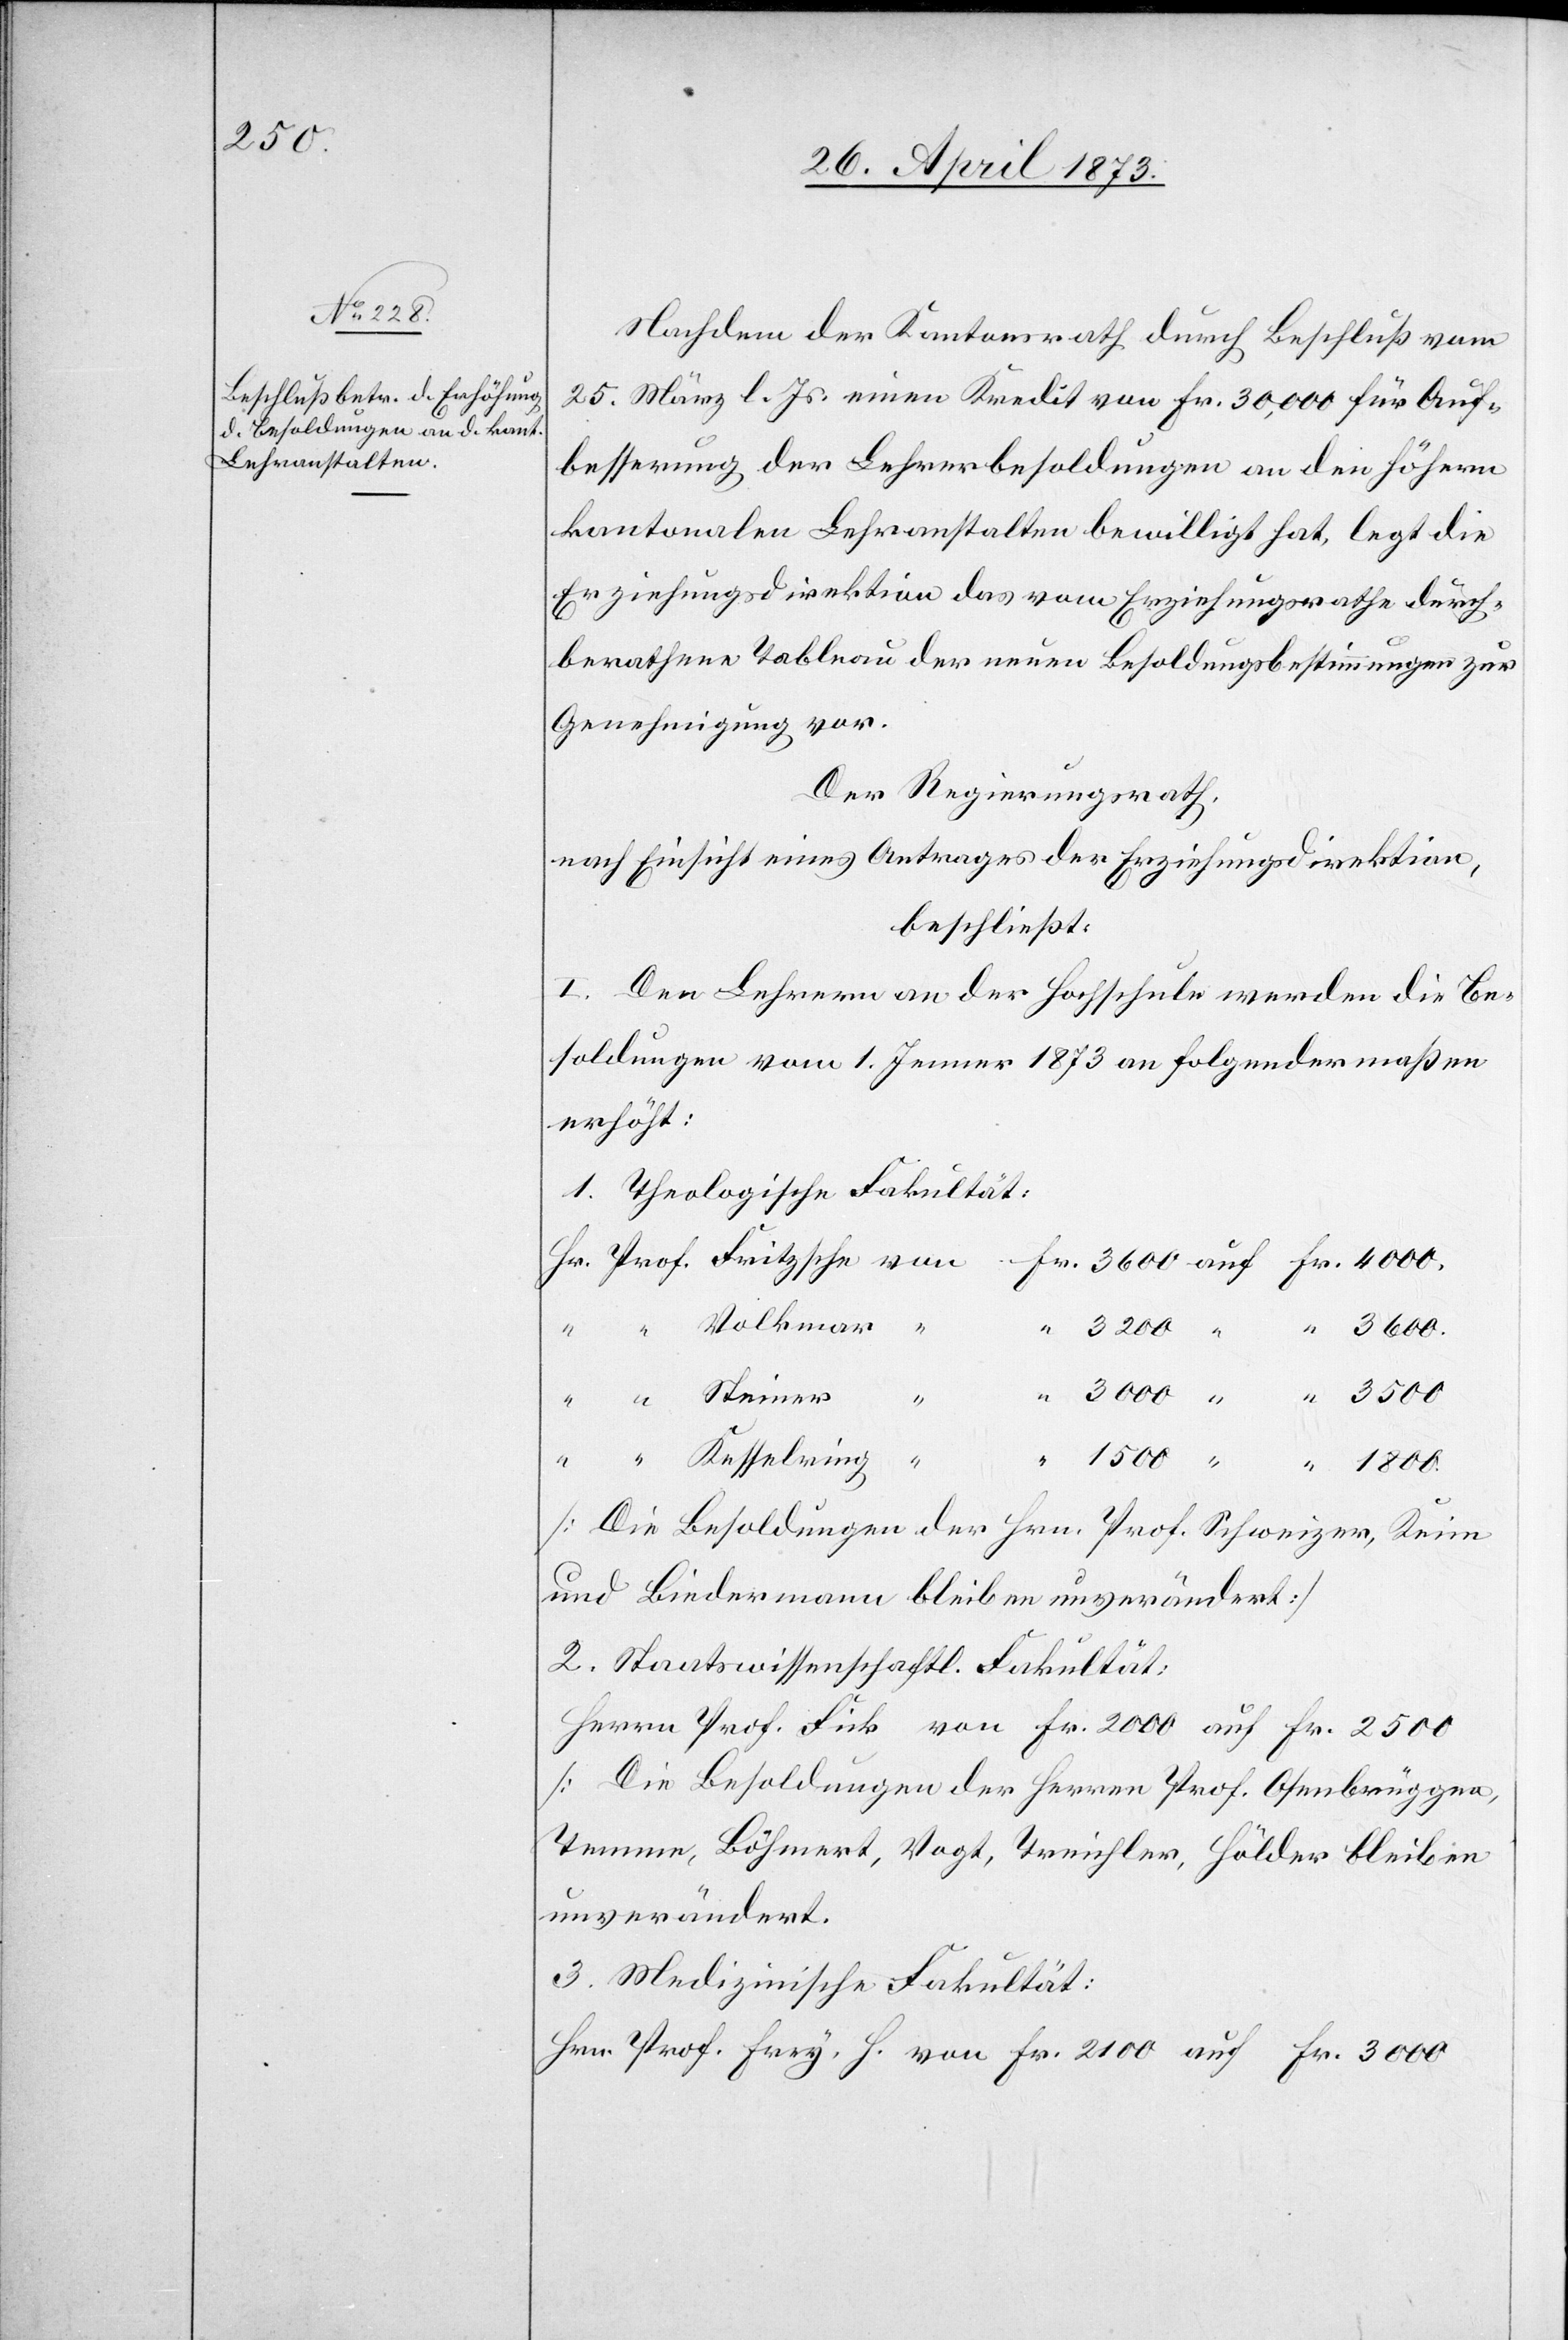
1 800.

Nachdem der Kantonsrath durch Beschluß vom
25. März l. Js. einen Kredit von Fr. 30,000 für Auf¬
besserung der Lehrerbesoldungen an die höhern
kantonalen Lehranstalten bewilligt hat, legt die
Erziehungsdirektion das vom Erziehungsrathe durch¬
berathene Tableau der neuen Besoldungsbestimmungen zur
Genehmigung vor.
Der Regierungsrath,
nach Einsicht eines Antrages der Erziehungsdirektion,
beschließt:
I. Den Lehrern an der Hochschule werden die Be¬
soldungen vom 1. Jenner 1873 an folgendermaßen
erhöht:
1. Theologische Fakultät:
3 200
[Die Besoldungen der Hrn. Prof. Schweizer, Keim
und Biedermann bleiben unverändert]
2. Staatswissenschaftl. Fakultät:
Herrn Prof. Fick von Fr. 2 000 auf Fr. 2 500
[Die Besoldungen der Herren Prof. Osenbrüggen,
Temme, Böhmert, Vogt, Treichler, Hölder bleiben
unverändert.]
3. Medizinische Fakultät:
Hrn. Prof. Frey, H. von Fr. 2 100 auf Fr. 3 000